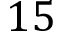
1 5